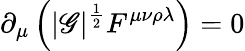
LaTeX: \partial_{\mu}\left(|\mathscr{G}|^{\frac{{1}}{{2}}}F^{\mu\nu\rho\lambda}\right)=0